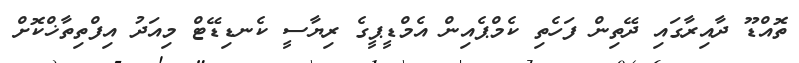
ތޮއްޑޫ ދާއިރާގައި ދޭތިން ފަހެތި ކެމްޕެއިން އެމްޑީޕީގެ ރިޔާސީ ކެނޑިޑޭޓް މިއަދު އިފްތިތާޚްކޮށް